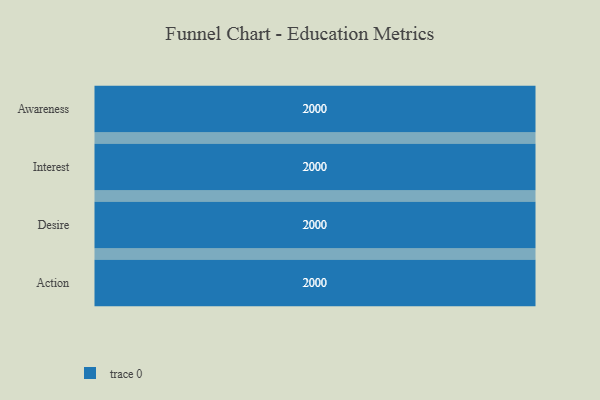
{"axis": {"x": "Stage", "y": "Value"}, "legend": [""], "data": [{"x": "Awareness", "y": 2000, "type": ""}, {"x": "Interest", "y": 2000, "type": ""}, {"x": "Desire", "y": 2000, "type": ""}, {"x": "Action", "y": 2000, "type": ""}]}